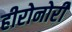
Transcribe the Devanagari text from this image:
हीरोनोरी